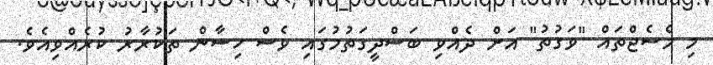
މި މެސެޖްތައް "ވަގުތު" އަށް ދެއްވި ބަސްދީގަތުމުގައި ވެސް ހިސާން ތަކުރާރު ކުރެއްވިއެވެ.